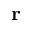
{ \bf r }